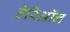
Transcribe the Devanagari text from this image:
डेरिऑन